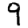
Digit: 9